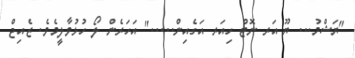
"ޔަޝްމު... ޔޫ އަރ ނޮޓް ހިއަރ އަގެއިން....." އަހަރެން ލޯ ހުޅުވާލީމެވެ. ޒެއިޖް